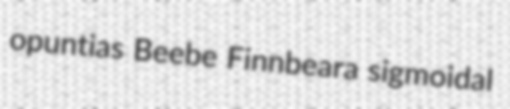
opuntias Beebe Finnbeara sigmoidal